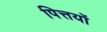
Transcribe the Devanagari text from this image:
पित्तयों